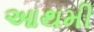
આથમી